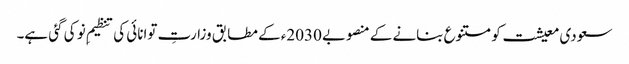
سعودی معیشت کو متنوع بنانے کے منصوبے 2030ء کے مطابق وزارتِ توانائی کی تنظیمِ نو کی گئی ہے۔